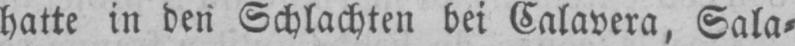
hatte in den Schlachten bei Calavera, Sala⸗